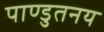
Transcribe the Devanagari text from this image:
पाण्डुतनय